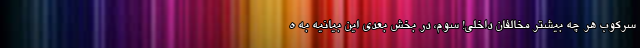
سرکوب هر چه بیشتر مخالفان داخلی! سوم، در بخش بعدی این بیانیه به ه